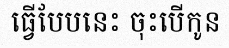
ធ្វើបែបនេះ ចុះបើកូន